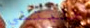
طلبتني